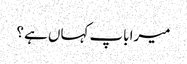
میرا باپ کہاں ہے ؟